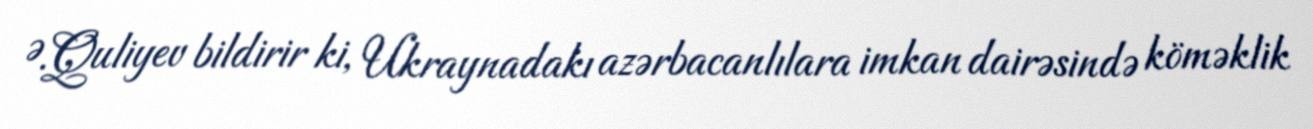
Ə.Quliyev bildirir ki, Ukraynadakı azərbacanlılara imkan dairəsində köməklik